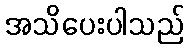
အသိပေးပါသည်